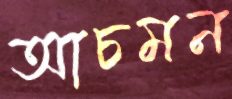
আচমন